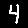
Digit: 4